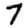
Digit: 7